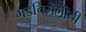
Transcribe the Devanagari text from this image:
गडचिरोलीची